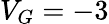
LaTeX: V_{G}=-3